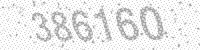
Solution: 386160